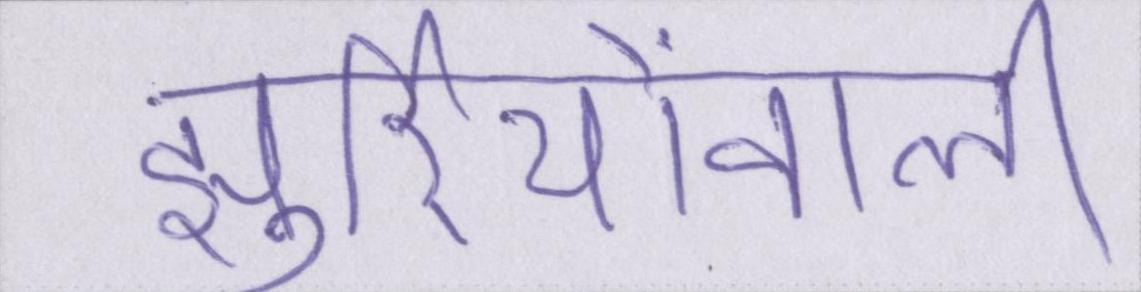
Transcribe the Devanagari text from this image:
झुर्रियोंवाली